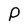
Character: P